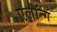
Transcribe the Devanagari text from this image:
एलॉन्ग